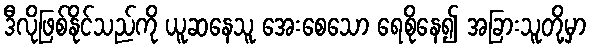
ဒီလိုဖြစ်နိုင်သည်ကို ယူဆနေသူ အေးစေသော ရေစိုနေ၍ အခြားသူတို့မှာ